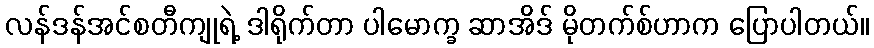
လန်ဒန်အင်စတီကျုရဲ့ ဒါရိုက်တာ ပါမောက္ခ ဆာအိဒ် မိုတက်စ်ဟာက ပြောပါတယ်။